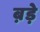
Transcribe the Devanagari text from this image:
ब़ड़े